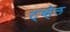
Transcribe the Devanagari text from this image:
ट्व्हेल